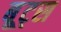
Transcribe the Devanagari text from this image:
बू्ट्स